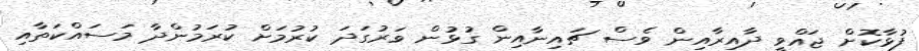
ފުޅާކޮށް ޖައްވީ ދާއިރާއިން ވެސް ޗައިނާއިން ގުޅުން ވަރުގަދަ ކުރުމަށް ކުރަމުންދާ މަސައްކަތާއި